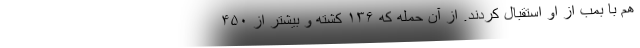
هم با بمب از او استقبال کردند. از آن حمله که ۱۳۶ کشته و بیشتر از ۴۵۰